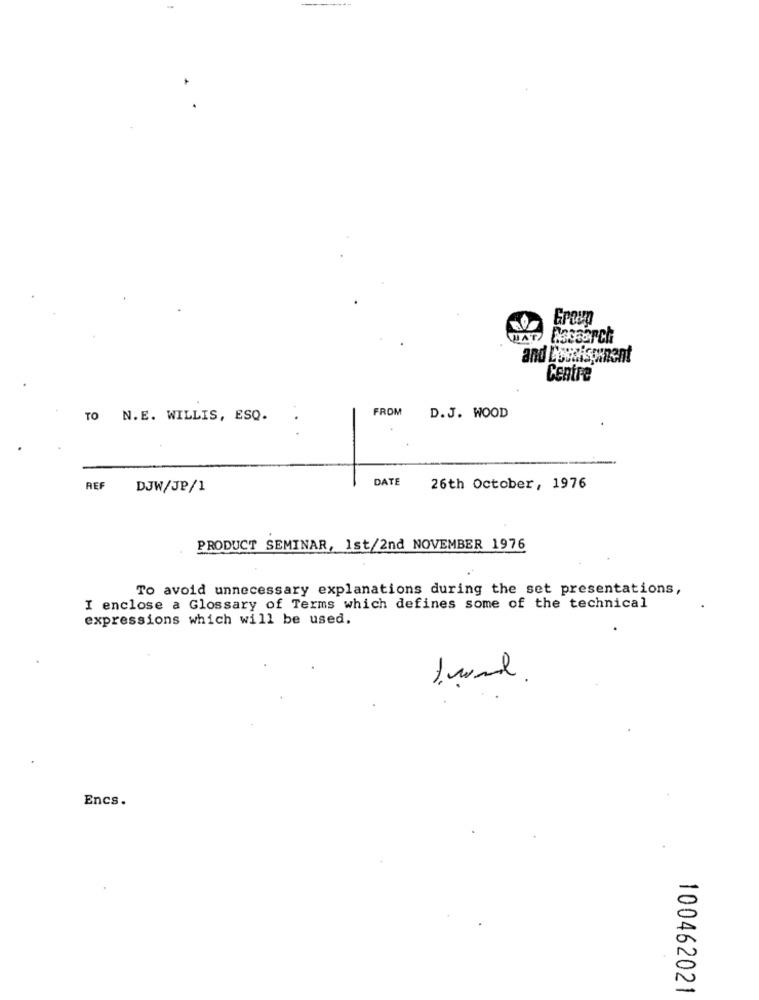
Group
and Comdisp
Centre
FROM
TO N.E. WILLIS, ESQ.
D.J. WOOD
DATE
REF
DJW/JP/1
26th October, 1976
PRODUCT SEMINAR, Ist/2nd NOVEMBER 1976
To avoid unnecessary explanations during the set presentations,
I enclose a Glossary of Terms which defines some of the technical
expressions which will be used.
2
Encs.
-
-
100462021